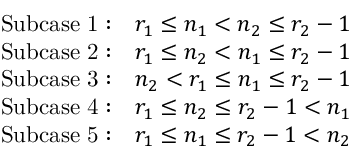
\begin{array} { r l } & { \mathrm { S u b c a s e ~ 1 : } \quad r _ { 1 } \leq n _ { 1 } < n _ { 2 } \leq r _ { 2 } - 1 } \\ & { \mathrm { S u b c a s e ~ 2 : } \quad r _ { 1 } \leq n _ { 2 } < n _ { 1 } \leq r _ { 2 } - 1 } \\ & { \mathrm { S u b c a s e ~ 3 : } \quad n _ { 2 } < r _ { 1 } \leq n _ { 1 } \leq r _ { 2 } - 1 } \\ & { \mathrm { S u b c a s e ~ 4 : } \quad r _ { 1 } \leq n _ { 2 } \leq r _ { 2 } - 1 < n _ { 1 } } \\ & { \mathrm { S u b c a s e ~ 5 : } \quad r _ { 1 } \leq n _ { 1 } \leq r _ { 2 } - 1 < n _ { 2 } } \end{array}